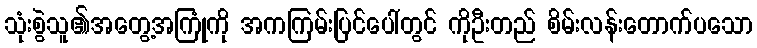
သုံးစွဲသူ၏အတွေ့အကြုံကို အကကြမ်းပြင်ပေါ်တွင် ကိုဦးတည် စိမ်းလန်းတောက်ပသော